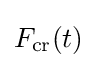
F_{\text{cr}}(t)